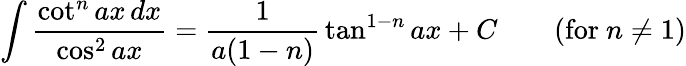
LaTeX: \int{\frac{\cot^{n}ax\, dx}{\cos^{2}ax}}={\frac{1}{a(1-n)}}\tan^{1-n}ax+C\qquad{\mathrm{(for~}}n\neq 1{\mathrm{)}}